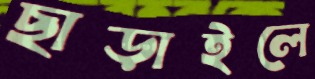
ছাড়াইলে